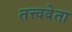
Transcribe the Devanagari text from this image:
तत्त्ववेता